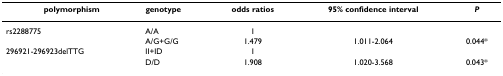
<table><thead><tr><td><b>polymorphism</b></td><td><b>genotype</b></td><td><b>odds ratios</b></td><td><b>95% confidence interval</b></td><td><b><i>P</i></b></td></tr></thead><tbody><tr><td>rs2288775</td><td>A/A</td><td>1</td><td></td><td></td></tr><tr><td></td><td>A/G+G/G</td><td>1.479</td><td>1.011-2.064</td><td>0.044*</td></tr><tr><td>296921-296923delTTG</td><td>II+ID</td><td>1</td><td></td><td></td></tr><tr><td></td><td>D/D</td><td>1.908</td><td>1.020-3.568</td><td>0.043*</td></tr></tbody></table>